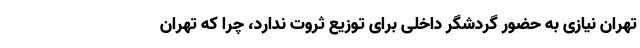
تهران نیازی به حضور گردشگر داخلی برای توزیع ثروت ندارد، چرا که تهران